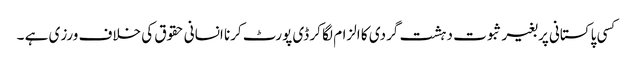
کسی پاکستانی پر بغیر ثبوت دہشت گردی کا الزام لگا کر ڈی پورٹ کرنا انسانی حقوق کی خلاف ورزی ہے ۔